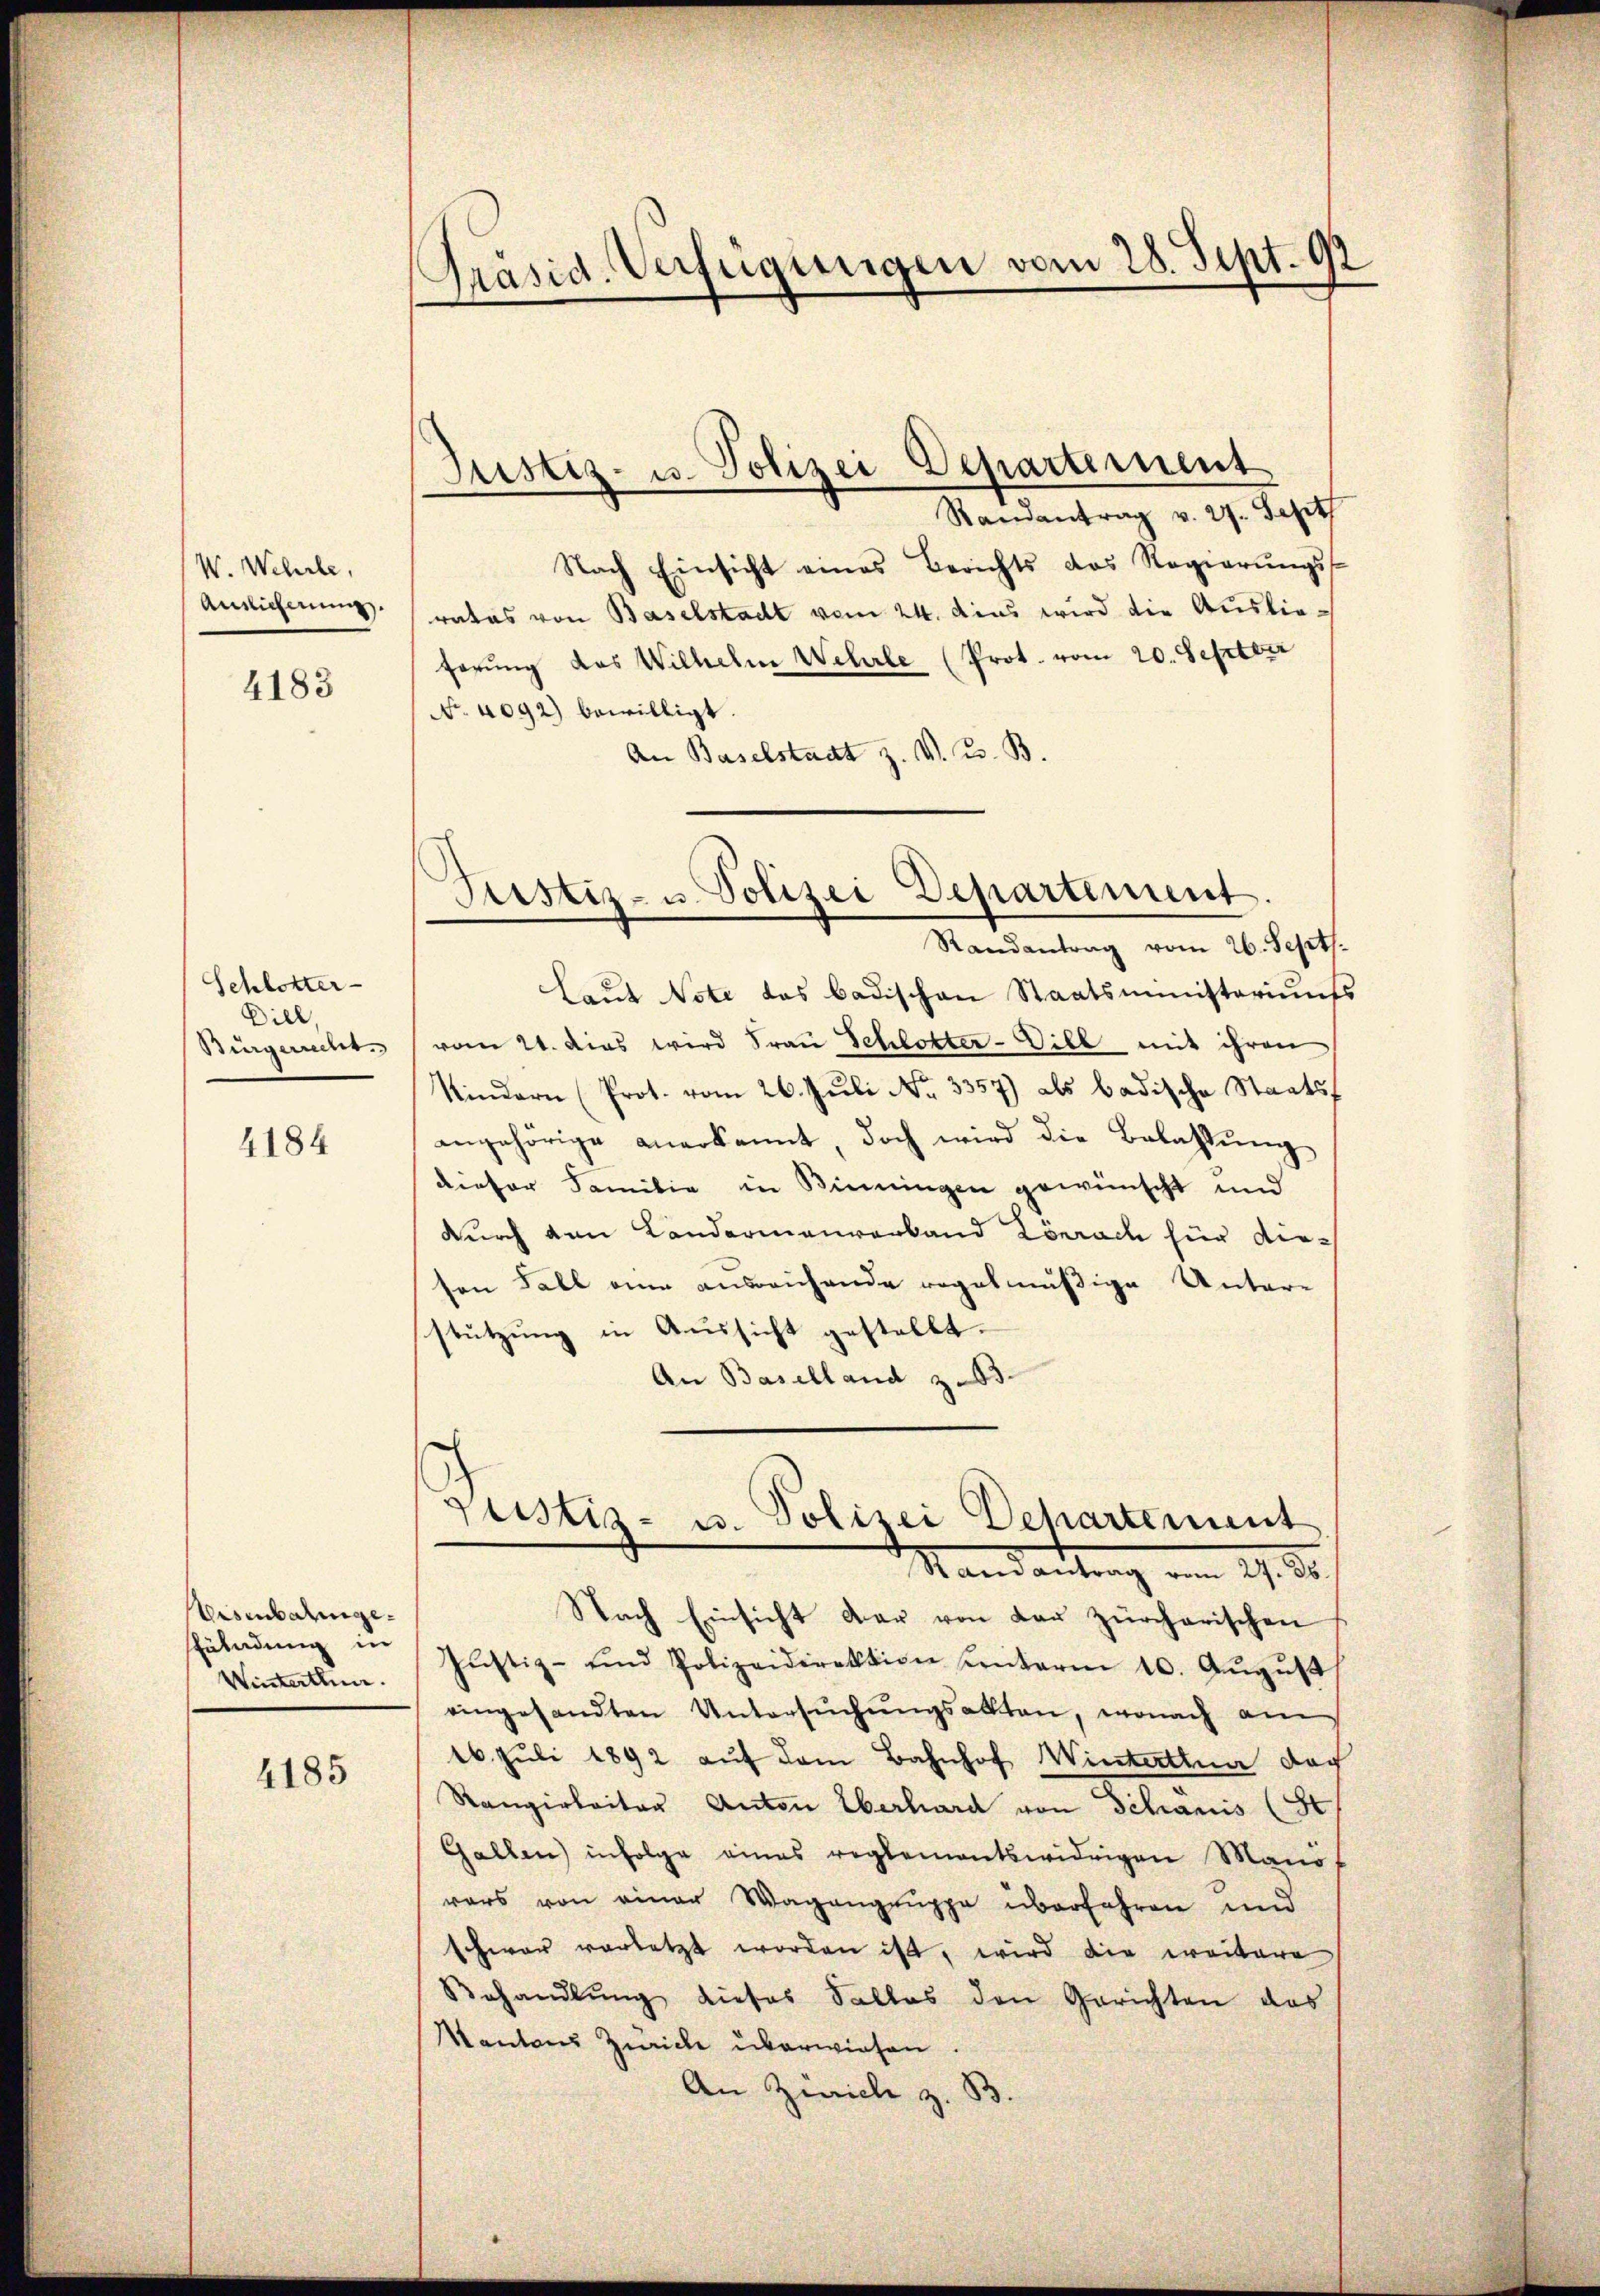
W. Wehrle,
Auslicherung.

4183

Schlotter-
Dill,
Bürgerrecht.

4184

Eisenbahnge.
süladung in
Winterthur.

4185

Präsid. Verfügungen vom 28. Sept. 92

Justiz- u. Polizei Departement

Randantrag v. 27. Sept
Nach Einsicht eines Berichts das Regierŭngs-
rates von Baselstadt vom 24. dies wird die Auslieförŭng das Wilhelm Wehrle (Prot. vom 20. Septbr
No. 4092) bewilligt
An Baselstadt z. V. B. B.
laut Note das badischen Staatsministeriums
vom 24. dies wird Frau Schlotter-Dill mit ihren
Kindern (Prot. vom 26. Juli Nr. 3357) als badische Staatsangehörige anerkannt, doch wird die Belassung
dieser Familie in Binningen gewünscht und
durch den Landarmenverband Lörrach für dieton Fall eine ausreichende regelmäßige Unter-
stützung in Aussicht gestellt.
An Baselland z. B.

Justiz- u. Polizei Departement
Randantrag vom 26. Sept.

Justiz- u. Polizei Departement
Mandantrag vom 29. 30.

Nach Einsicht dar von der zürcherischen
Justiz- und Polizeidirektion unterm 10. Aŭgŭst
eingesandten Untersŭchŭngsakten, wonach am
16. Juli 1892 aŭf dem Bahnhof Winterthun doch
Rangirbeiter Anton Überhard von Schanis (St
Gallen infolge eines reglementswidrigen Manovars von einer Wagengruppe überfahren und
schwar vorletzt worden ist, wird die weitere
Behandlŭng dieses Falles den Gerichten das
Kantons Zürich überwiesen
An Zürich z. B.